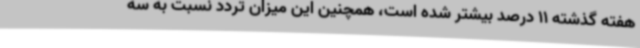
هفته گذشته 11 درصد بیشتر شده است، همچنین این میزان تردد نسبت به سه